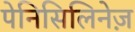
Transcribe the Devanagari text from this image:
पेनिसिलिनेज़